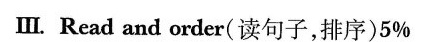
Ⅲ. Read and order(读句子,排序)5%